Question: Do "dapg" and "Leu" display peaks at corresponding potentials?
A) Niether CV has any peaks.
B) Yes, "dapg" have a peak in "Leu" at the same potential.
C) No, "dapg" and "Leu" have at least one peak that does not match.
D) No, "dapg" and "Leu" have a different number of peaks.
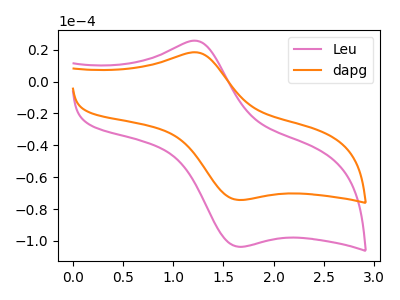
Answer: <think>The pink curve "Leu" has an anodic peak at (1.25V, 25.40uA) and a cathodic peak at (1.70V, -103.60uA). The orange curve "dapg" has an anodic peak at (1.25V, 18.20uA) and a cathodic peak at (1.70V, -74.25uA).</think>
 <answer>B) Yes, "dapg" have a peak in "Leu" at the same potential.</answer>
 <eval>B</eval>